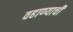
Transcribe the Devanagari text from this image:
वहाण्याची